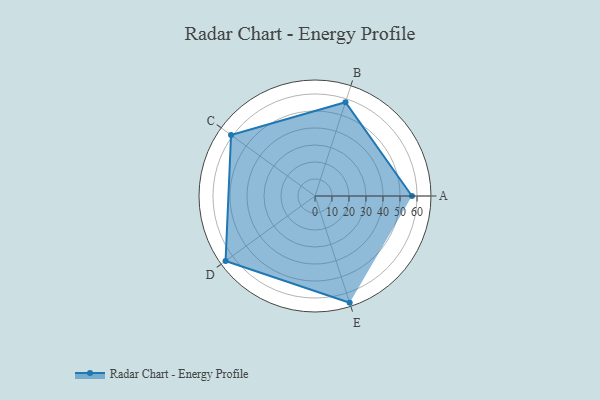
{"axis": {"x": "Skill", "y": "Score"}, "legend": ["Profile"], "data": [{"x": "A", "y": 57.0, "type": "Profile"}, {"x": "B", "y": 58.0, "type": "Profile"}, {"x": "C", "y": 61.0, "type": "Profile"}, {"x": "D", "y": 65.0, "type": "Profile"}, {"x": "E", "y": 66.0, "type": "Profile"}]}